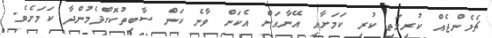
ޗެލެންޖެއް ކުރިމަތި ކުރި ކަމަށާއި އޭނާއަށް އެކަން ވާނެ ކަން ސާބިތުކޮށްދެމުންދާ ކަމަށެވެ.